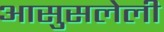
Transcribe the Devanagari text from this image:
आसुसलेली